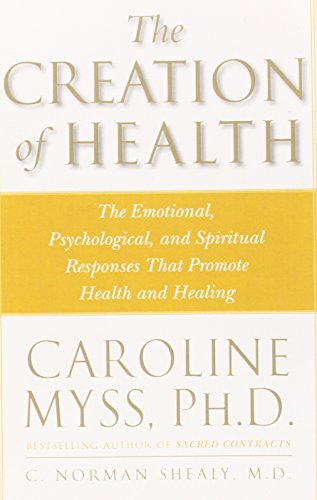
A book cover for The Creation of Health: The Emotional, Psychological, and Spiritual Responses That Promote Health and Healing; Caroline Myss; Health, Fitness & Dieting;